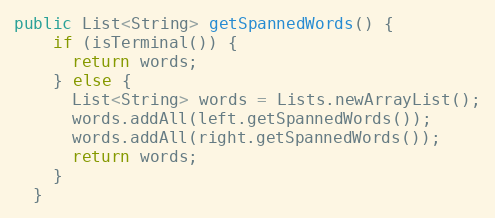
Language: Java
public List<String> getSpannedWords() {
    if (isTerminal()) {
      return words;
    } else {
      List<String> words = Lists.newArrayList();
      words.addAll(left.getSpannedWords());
      words.addAll(right.getSpannedWords());
      return words;
    }
  }